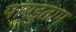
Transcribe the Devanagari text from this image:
पाण्डुताम्‌